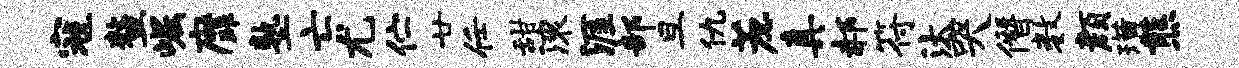
寇鳌崛縻塾亡尤伫廿任甜滚涯部旦仇蔗真郝符汰哭僭数颜璜熊